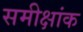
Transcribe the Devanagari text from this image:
समीक्षांक